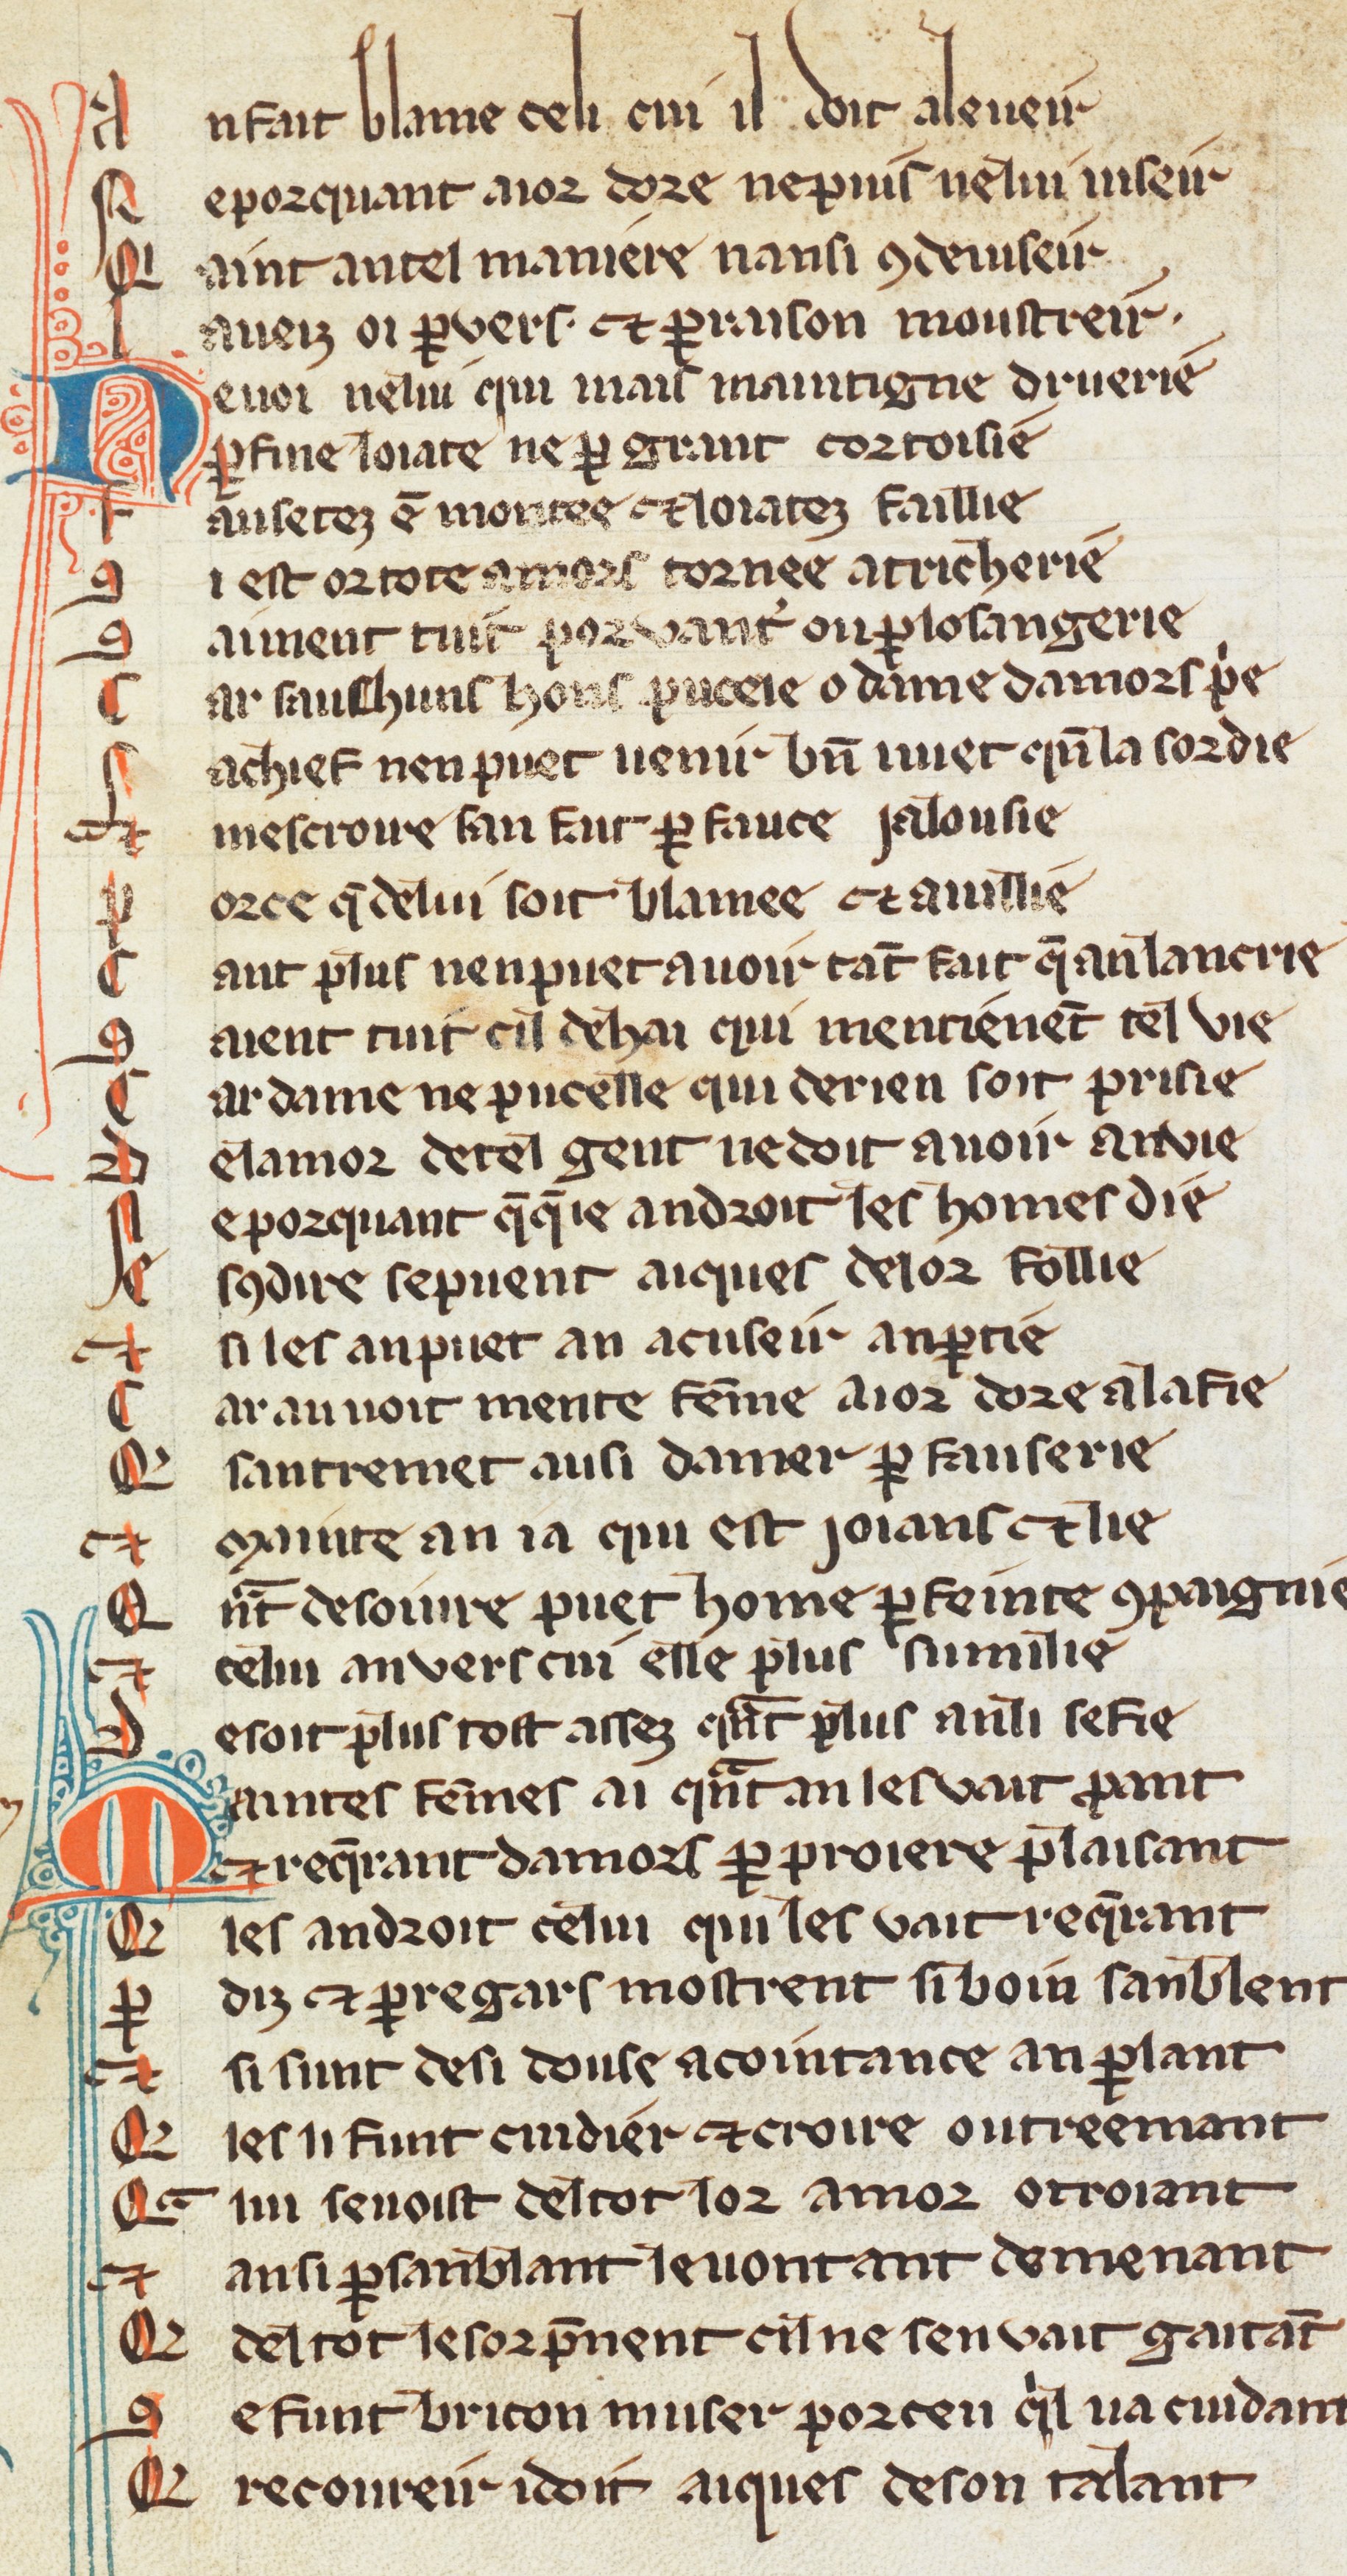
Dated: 1270–1330